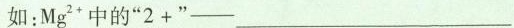
如：Mg^{2+}中的“2+”——___